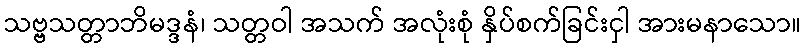
သဗ္ဗသတ္တာဘိမဒ္ဒနံ၊ သတ္တဝါ အသက် အလုံးစုံ နှိပ်စက်ခြင်းငှါ အားမနာသော။